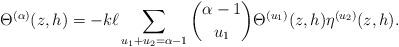
LaTeX: \begin{align*} \Theta^{(\alpha)}(z,h) = - k \ell \sum_{u_1+u_2 =\alpha-1} \binom{\alpha-1}{u_1} \Theta^{(u_1)}(z,h) \eta^{(u_2)}(z,h).\end{align*}